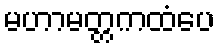
မဟာမတ္တကထံပေ